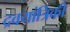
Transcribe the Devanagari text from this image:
द्रवयांत्रिकी